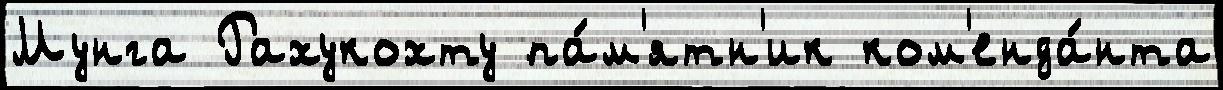
Мунга Рахукохту па́м'ятн'ик ком'енда́нта